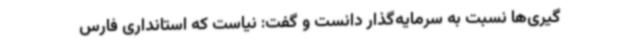
‌گیری‌ها نسبت به سرمایه‌گذار دانست و گفت: نیاست که استانداری فارس